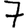
Digit: 7